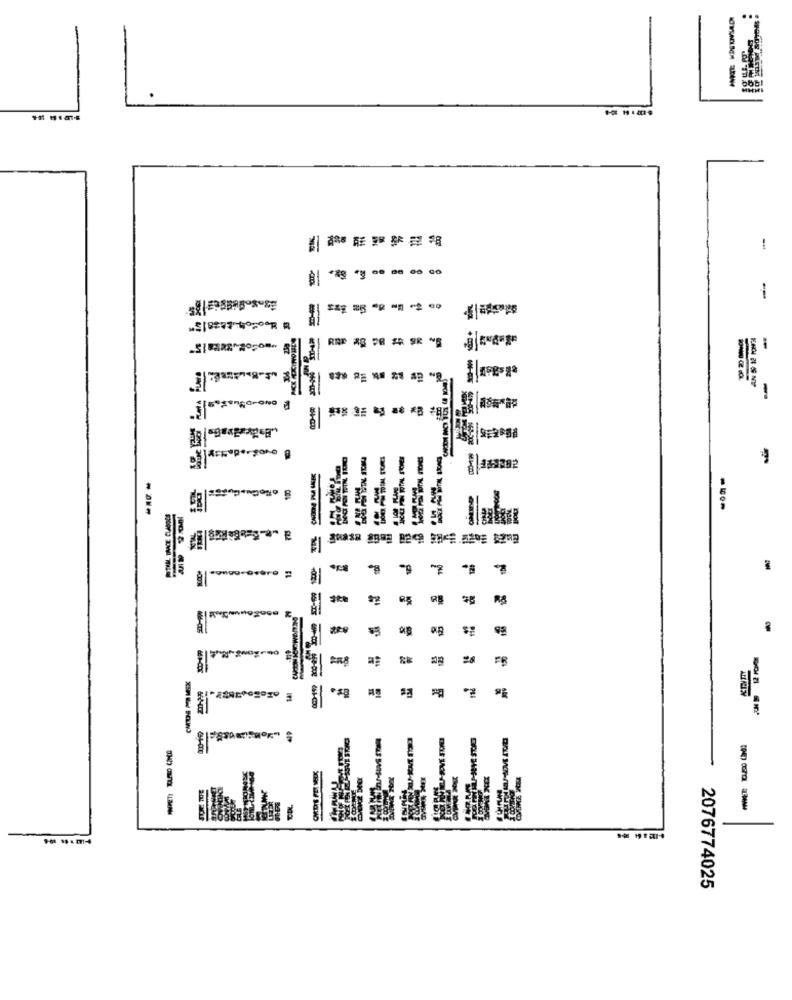
-
-
1E
-
主5292
TO
---
2076774025